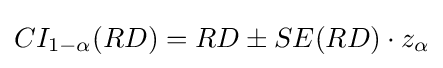
CI_{1-\alpha }(RD)=RD\pm SE(RD)\cdot z_{\alpha }